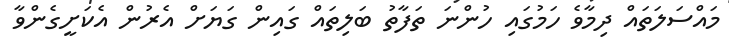
މައްސަލަތައް ދިމާވެ ހަމުގައި ހުންނަ ތަފާތު ބަލިތައް ގައިން ގަޔަށް އެރުން އެކަށީގެންވާ